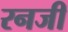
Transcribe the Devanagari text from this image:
रनजी